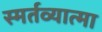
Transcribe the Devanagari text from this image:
स्मर्तव्यात्मा